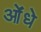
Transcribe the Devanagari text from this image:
ओंधे